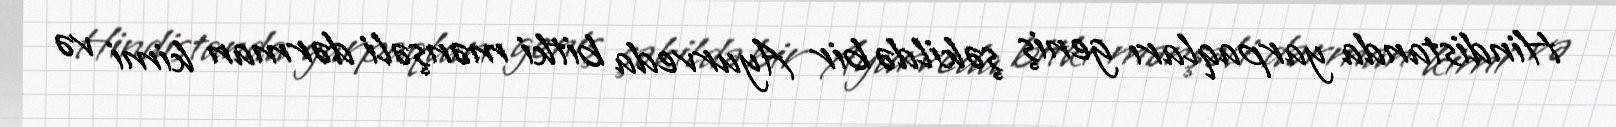
Hindistanda yarpaqları geniş şəkildə bir Ayurveda bitki mənşəli dərman kimi və